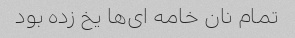
تمام نان خامه ای‌ها یخ زده بود